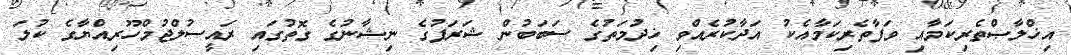
އިޚްލާޞްތެރިކަމާއި ވަފާތެރިކަމާއެކު އަދާކުރެއްވި ޚިދުމަތުގެ ސަބަބުން ޝަރަފުގެ ނިޝާނުގެ ގޮތުގައި ރައީސުލްޖުމްހޫރިއްޔާގެ ކުލަ